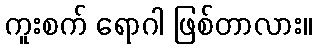
ကူးစက် ရောဂါ ဖြစ်တာလား။